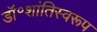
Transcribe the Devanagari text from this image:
डॉ॰शांतिस्वरूप